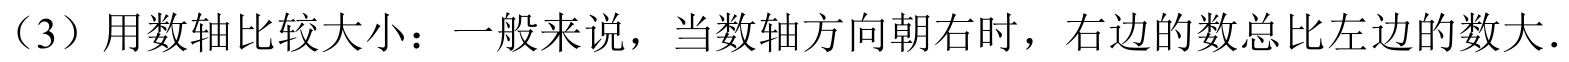
（3）用数轴比较大小：一般来说，当数轴方向朝右时，右边的数总比左边的数大.